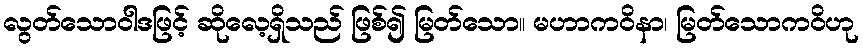
လွတ်သောဝါဒဖြင့် ဆိုလေ့ရှိသည် ဖြစ်၍ မြတ်သော။ မဟာကဝိနာ၊ မြတ်သောကဝိဟု